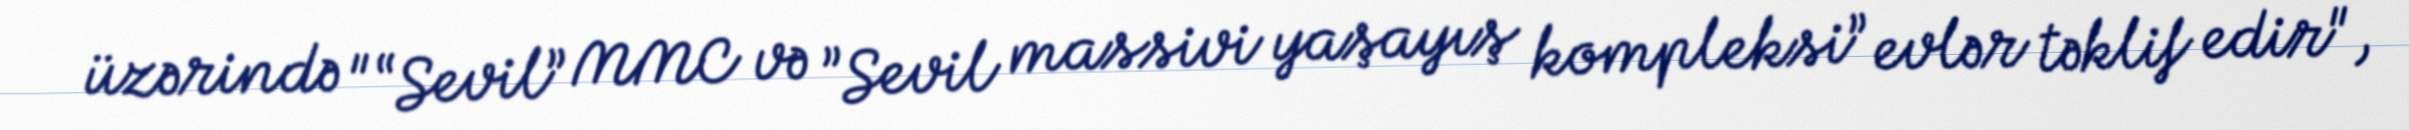
üzərində "“Sevil” MMC və ”Sevil massivi yaşayış kompleksi” evlər təklif edir",